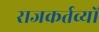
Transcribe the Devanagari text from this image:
राजकर्तव्यों